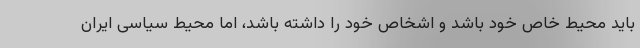
باید محیط خاص خود باشد و اشخاص خود را داشته باشد، اما محیط سیاسی ایران